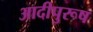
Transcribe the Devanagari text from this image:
आदीपुरूष